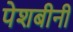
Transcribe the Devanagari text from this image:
पेशबीनी